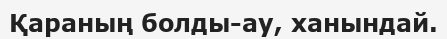
Қараның болды-ау, ханындай.